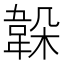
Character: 𩎫